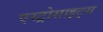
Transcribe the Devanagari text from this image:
एस्ट्रोसाइट्स